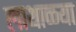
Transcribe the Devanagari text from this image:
लाथाळ्या